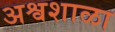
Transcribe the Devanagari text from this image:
अश्वशाळा